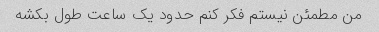
من مطمئن نیستم فکر کنم حدود یک ساعت طول بکشه